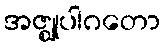
အဇ္ဈုပါဂတော